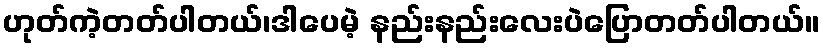
ဟုတ်ကဲ့တတ်ပါတယ်၊ဒါပေမဲ့ နည်းနည်းလေးပဲပြောတတ်ပါတယ်။